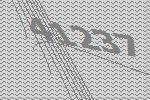
41237